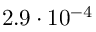
2 . 9 \cdot 1 0 ^ { - 4 }